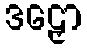
ဒဠှော